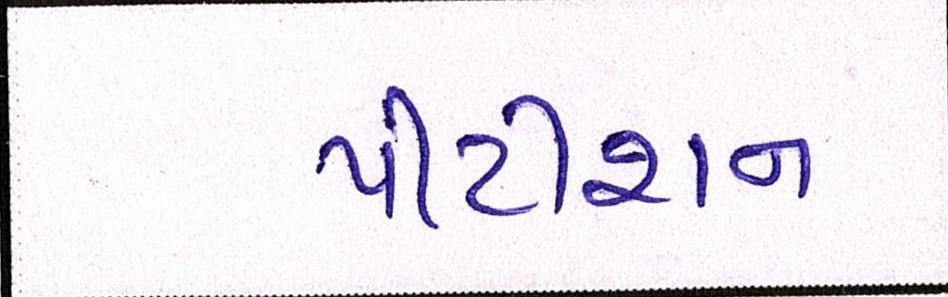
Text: પીટીશન